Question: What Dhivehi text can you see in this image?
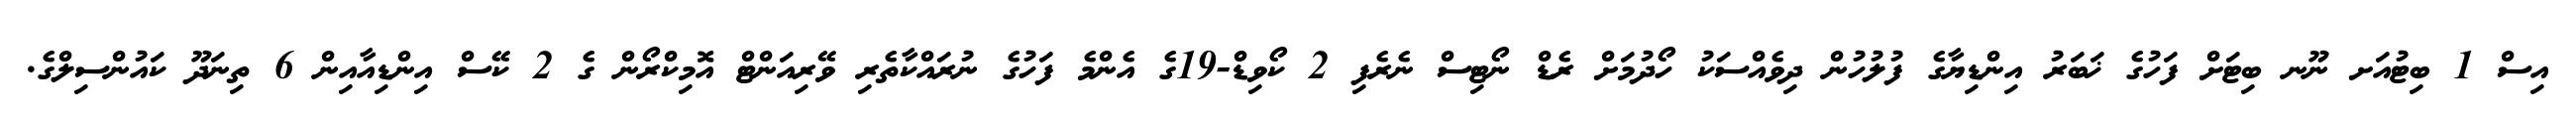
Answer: އިސް 1 ބިޓުއަށ ނޫނ ބިޓަށް ފަހުގެ ޚަބަރު އިންޑިޔާގެ ފުލުހުން ދިވެއްސަކު ހޯދުމަށް ރެޑް ނޯޓިސް ނެރެފި 2 ކޯވިޑް-19ގެ އެންމެ ފަހުގެ ނުރައްކާތެރި ވޭރިއަންޓް އޮމިކްރޯން ގެ 2 ކޭސް އިންޑިއާއިން 6 ތިނަދޫ ކައުންސިލްގެ.